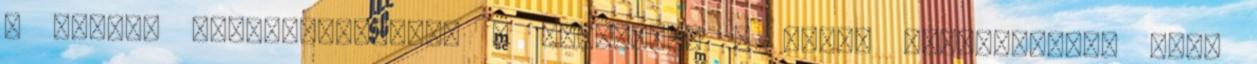
a csinos doktornéniktől? - -csóválom a fejem rosszallóan, mire